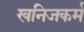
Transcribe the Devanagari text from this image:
खनिजकर्म